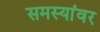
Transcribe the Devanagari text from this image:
समस्‍यांवर